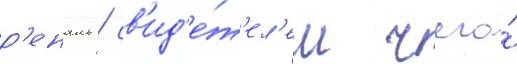
р'еналь / св'ид'е́т'ел'ем чего́